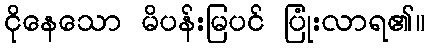
ငိုနေသော မိပန်းမြပင် ပြုံးလာရ၏။